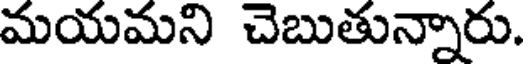
మయమని చెబుతున్నారు.